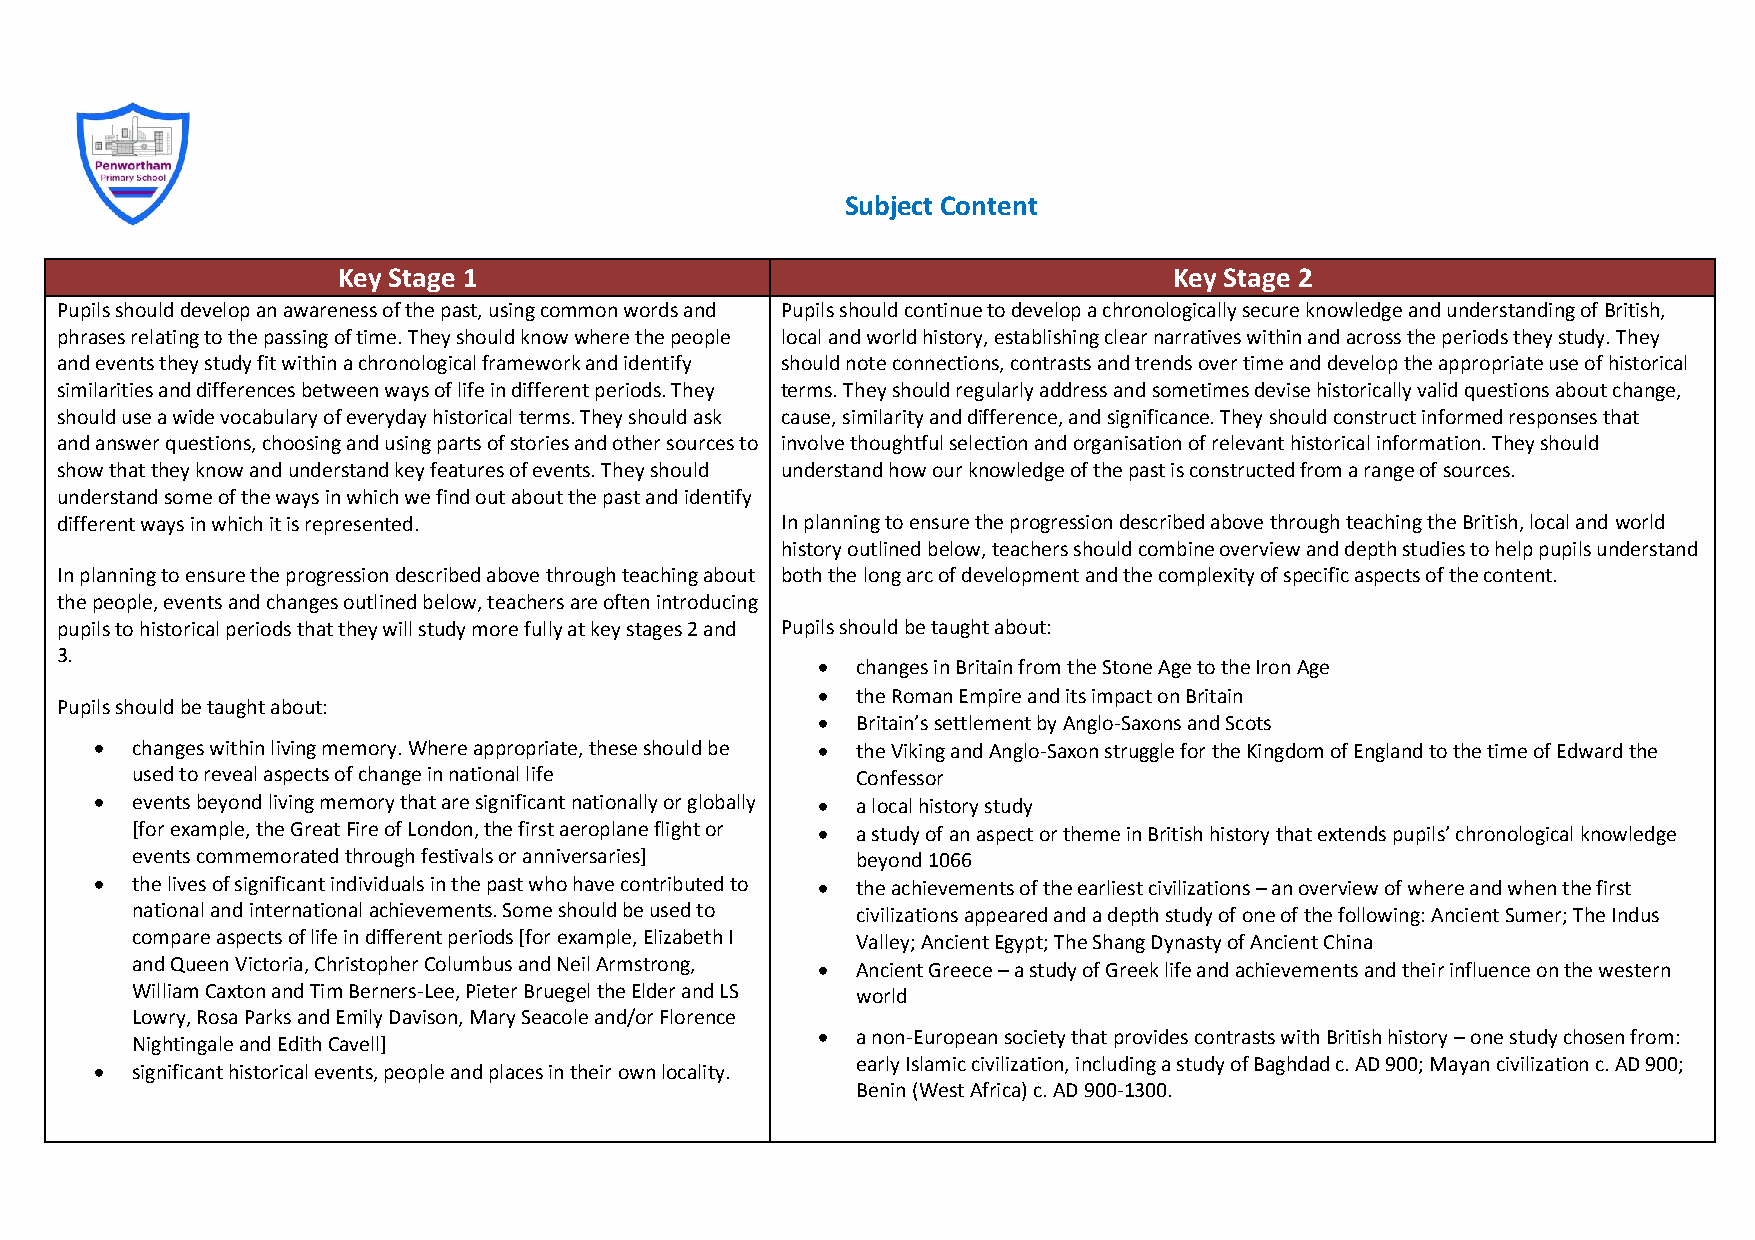
Subject Content
 Key Stage 1                                             Key Stage 2
 Pupils should develop an awareness of the past, using common words and Pupils should continue to develop a chronologically secure knowledge and understanding of British,
 phrases relating to the passing of time. They should know where the people local and world history, establishing clear narratives within and across the periods they study. They
 and events they study fit within a chronological framework and identify should note connections, contrasts and trends over time and develop the appropriate use of historical
 similarities and differences between ways of life in different periods. They terms. They should regularly address and sometimes devise historically valid questions about change,
 should use a wide vocabulary of everyday historical terms. They should ask cause, similarity and difference, and significance. They should construct informed responses that
 and answer questions, choosing and using parts of stories and other sources to involve thoughtful selection and organisation of relevant historical information. They should
 show that they know and understand key features of events. They should understand how our knowledge of the past is constructed from a range of sources.
 understand some of the ways in which we find out about the past and identify
 different ways in which it is represented.      In planning to ensure the progression described above through teaching the British, local and world
 history outlined below, teachers should combine overview and depth studies to help pupils understand
 In planning to ensure the progression described above through teaching about both the long arc of development and the complexity of specific aspects of the content.
 the people, events and changes outlined below, teachers are often introducing
 pupils to historical periods that they will study more fully at key stages 2 and Pupils should be taught about:
 3.
 •  changes in Britain from the Stone Age to the Iron Age
 •  the Roman Empire and its impact on Britain
 Pupils should be taught about:
 •  Britain’s settlement by Anglo-Saxons and Scots
 •  changes within living memory. Where appropriate, these should be • the Viking and Anglo-Saxon struggle for the Kingdom of England to the time of Edward the
 used to reveal aspects of change in national life Confessor
 •  events beyond living memory that are significant nationally or globally • a local history study
 [for example, the Great Fire of London, the first aeroplane flight or • a study of an aspect or theme in British history that extends pupils’ chronological knowledge
 events commemorated through festivals or anniversaries] beyond 1066
 •  the lives of significant individuals in the past who have contributed to • the achievements of the earliest civilizations – an overview of where and when the first
 national and international achievements. Some should be used to civilizations appeared and a depth study of one of the following: Ancient Sumer; The Indus
 compare aspects of life in different periods [for example, Elizabeth I Valley; Ancient Egypt; The Shang Dynasty of Ancient China
 and Queen Victoria, Christopher Columbus and Neil Armstrong, • Ancient Greece – a study of Greek life and achievements and their influence on the western
 William Caxton and Tim Berners-Lee, Pieter Bruegel the Elder and LS world
 Lowry, Rosa Parks and Emily Davison, Mary Seacole and/or Florence
 •  a non-European society that provides contrasts with British history – one study chosen from:
 Nightingale and Edith Cavell]
 early Islamic civilization, including a study of Baghdad c. AD 900; Mayan civilization c. AD 900;
 •  significant historical events, people and places in their own locality.
 Benin (West Africa) c. AD 900-1300.